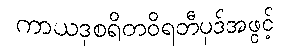
ကာယဒုစရိတဝိရတီပုဒ်အဖွင့်